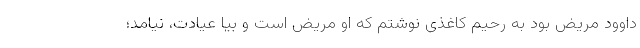
داوود مریض بود به رحیم کاغذی نوشتم که او مریض است و بیا عیادت، نیامد؛